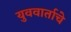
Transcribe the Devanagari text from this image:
युववार्ताचे